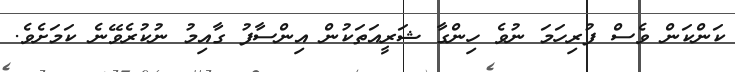
ކަންކަން ވެސް ފުރިހަމަ ނުވެ ހިންގާ ޝަރީއަތަކުން އިންސާފު ގާއިމު ނުކުރެވޭނެ ކަމަށެވެ.